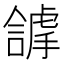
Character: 𧇵